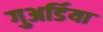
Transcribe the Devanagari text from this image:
गुअर्डिया